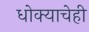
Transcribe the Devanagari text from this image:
धोक्याचेही